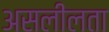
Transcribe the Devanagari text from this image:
असलीलता